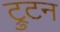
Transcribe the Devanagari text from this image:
ट्रुटन